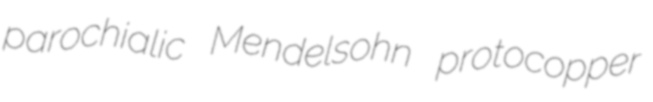
parochialic Mendelsohn protocopper